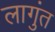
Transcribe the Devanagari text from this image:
लागुंत